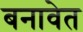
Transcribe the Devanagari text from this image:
बनावेत